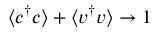
\langle c ^ { \dagger } c \rangle + \langle v ^ { \dagger } v \rangle \rightarrow 1